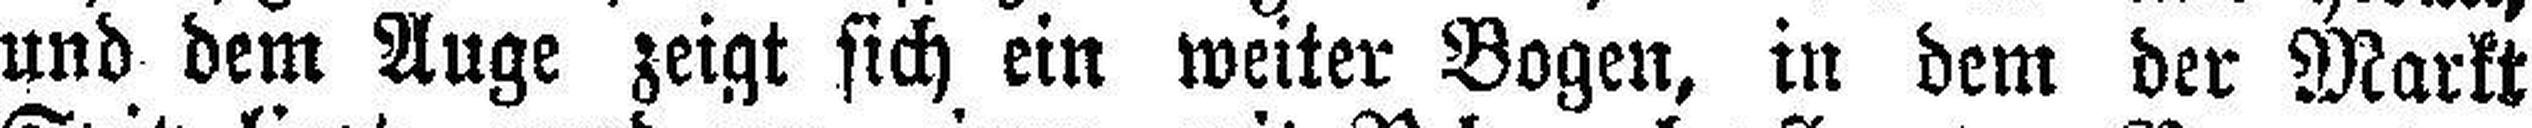
und dem Auge zeigt sich ein weiter Bogen, in dem der Markt